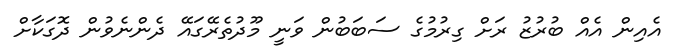
އެއިން އެއް ބުރުޒު ރަށް ގިރުމުގެ ސަބަބުން ވަނީ މޫދުތެރޭގައޭ ދެންނެވުން ދޮގަކާށް